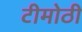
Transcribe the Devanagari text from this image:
टीमोठी